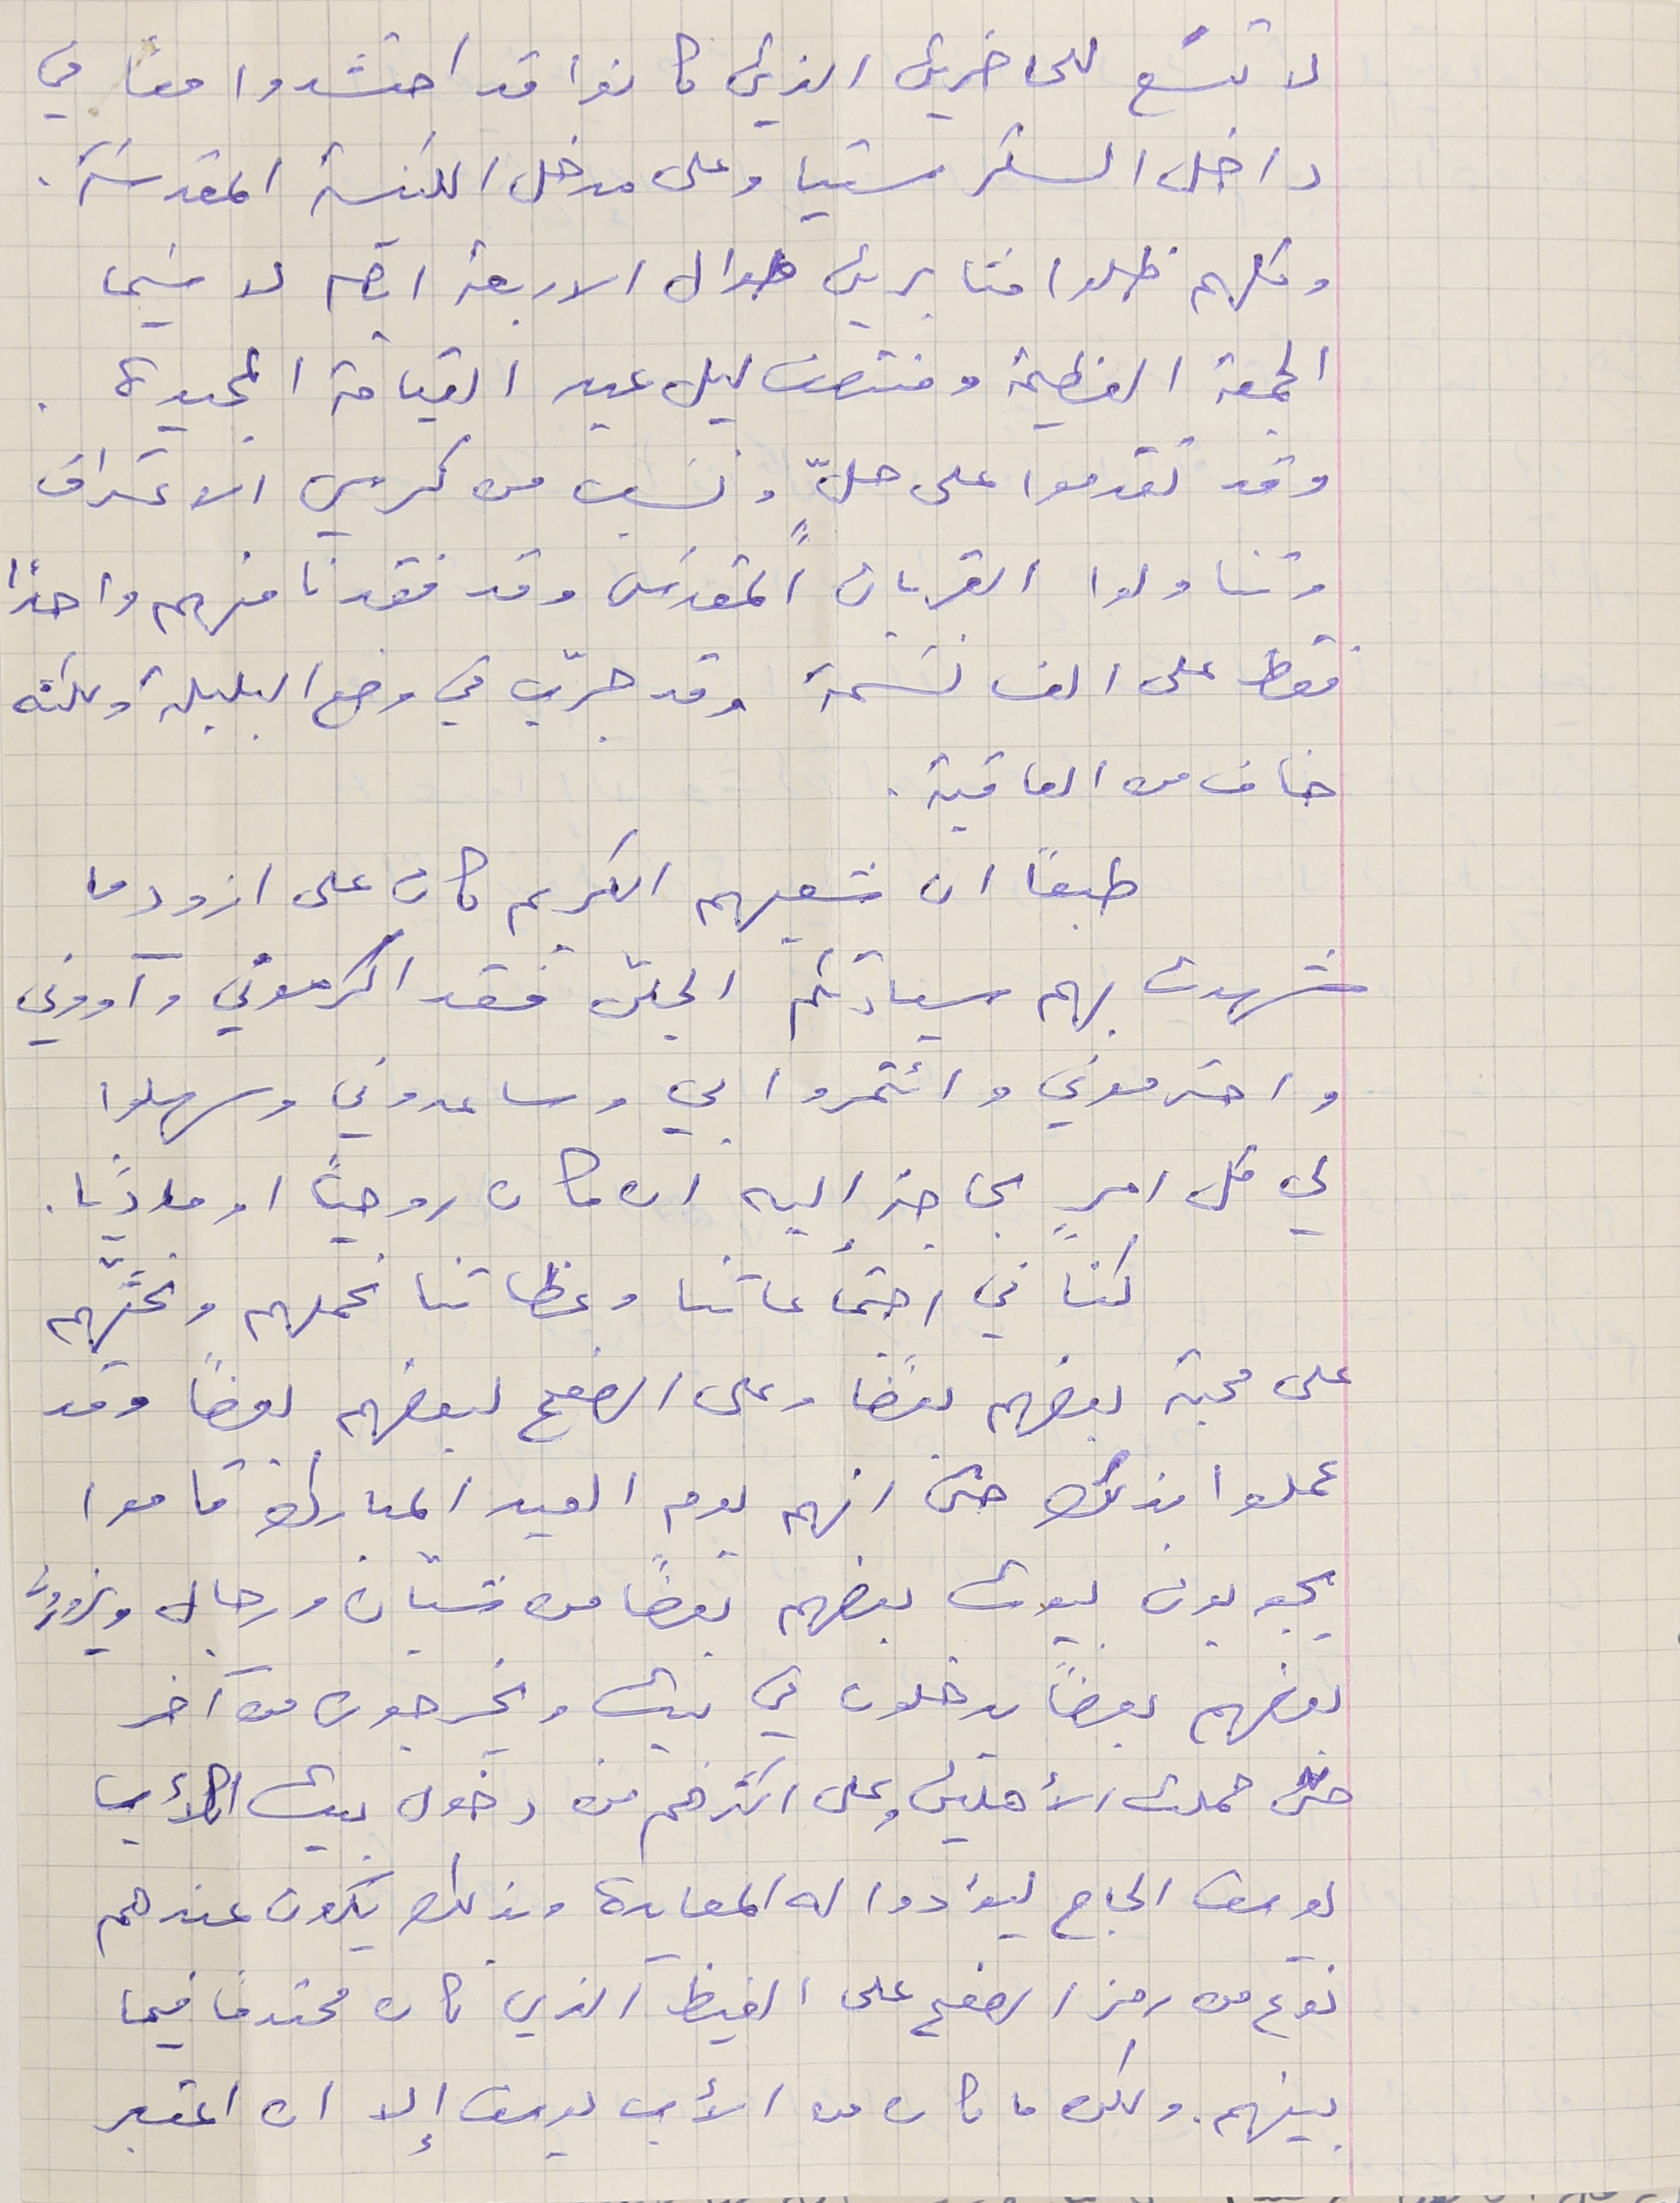
لا تسَع للحاضرين الذي كانوا قد احتشدوا معاً في
داخل السكرستيا وعلى مدخل الكنيسة المقدسَة.
 وكلهم ظلو ا مثابرين طوال الاربعة ايام لا سَيما
الجمعة العظيمة ومنتصف ليل عيد القيامة المجيدة.
وقد تقدموا على حلٍّ ونسَب من كرسي الاعتراف
 وتناولوا القربان المقدَس وقد فقدنا منهم واحداً
 فقط على الف نسَمة وقد جرّب في وضع البلبلة ولكنه
خاف من العاقبة.
 طبعًا ان شعبهم الكريم كان على ازود ما
شهدت بهم سيادتكم الجلّى فقد اكرموني وآووني
 واحترموني وائتمروا بي وساعدوني وسهلوا
لي كل امرٍ بحاجة اليه ان كان روحياً او ماديًا.
كنا في اجتماعاتنا وعظاتنا نحملهم ونحثَّهم
على محبة بعضهم بعضًا وعلى الصفح لبعضهم بعضًا وقد
 عملوا بذلك حتى انهم يوم العيد المبارك قاموا
يجوبون بيوت بعضهم بعضًا من شبّان ورجال ويزورون
بعضهم بعضاً يدخلون في بيت ويخرجون من آخر
 حتى حملت الأهلين وعلى اكثرهم من دخول بيت الأب
يوسف الحاج ليؤادوا له المعايدة وبذلك يكون عندهم
نوع من رمز الصفح على الغيظ الذي كان محتدماً فيما
بينهم. ولكن ما كان من الأب يوسف إلا ان اعتبر